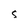
Character: S